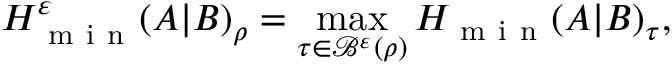
H _ { \mathrm { ~ m ~ i ~ n ~ } } ^ { \varepsilon } ( A | B ) _ { \rho } = \operatorname* { m a x } _ { \tau \in \mathcal { B } ^ { \varepsilon } ( \rho ) } H _ { \mathrm { ~ m ~ i ~ n ~ } } ( A | B ) _ { \tau } ,